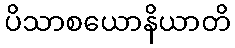
ပိသာစယောနိယာတိ